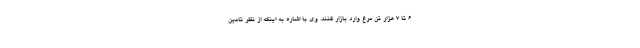
۶ تا ۷ هزار تن مرغ وارد بازار کنند. وی با اشاره به اینکه از نظر تامین